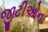
જીટીઓના